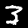
Label: 3